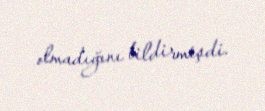
olmadığını bildirmişdi.